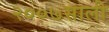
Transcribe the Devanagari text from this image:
२००७साली